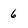
Character: 6